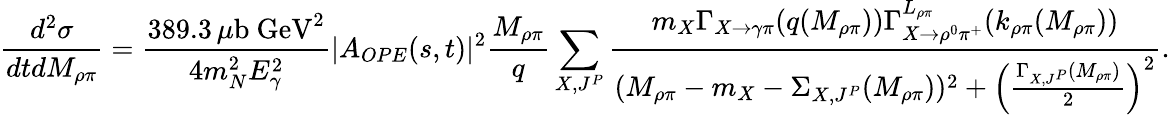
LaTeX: {\frac{d^{2}\sigma}{dtdM_{\rho\pi}}}={\frac{389.3\, \mu\mathrm{b~GeV}^{2}}{4m_{N}^{2}E_{\gamma}^{2}}}|A_{OPE}(s,t)|^{2}{\frac{M_{\rho\pi}}{q}}\sum_{X,J^{P}}{\frac{m_{X}\Gamma_{X\to\gamma\pi}(q(M_{\rho\pi}))\Gamma_{X\to\rho^{0}\pi^{+}}^{L_{\rho\pi}}(k_{\rho\pi}(M_{\rho\pi}))}{(M_{\rho\pi}-m_{X}-\Sigma_{X,J^{P}}(M_{\rho\pi}))^{2}+\left({\frac{\Gamma_{X,J^{P}}(M_{\rho\pi})}{2}}\right)^{2}}}.